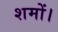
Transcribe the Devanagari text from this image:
शमों।